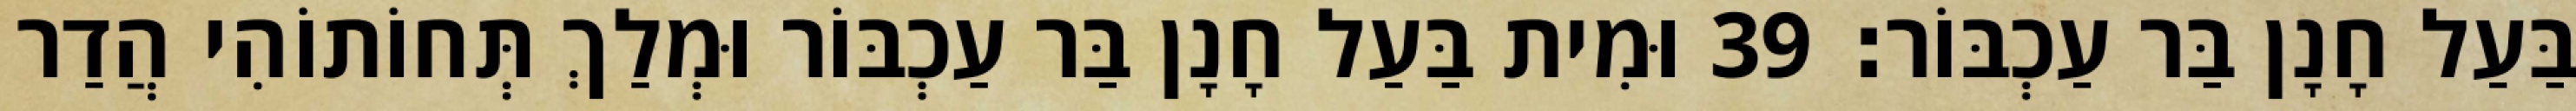
בַּעַל חָנָן בַּר עַכְבּוֹר׃ 39 וּמִית בַּעַל חָנָן בַּר עַכְבּוֹר וּמְלַךְ תְּחוֹתוֹהִי הֲדַר